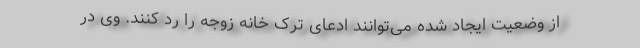
از وضعیت ایجاد شده می‌توانند ادعای ترک خانه زوجه را رد کنند. وی در